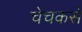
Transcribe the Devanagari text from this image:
चेचकसे